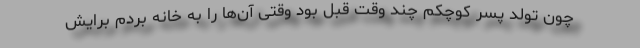
چون تولد پسر کوچکم چند وقت قبل بود وقتی آن‌ها را به خانه بردم برایش